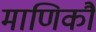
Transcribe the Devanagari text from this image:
माणिकौ